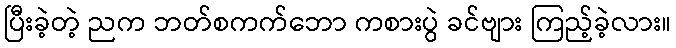
ပြီးခဲ့တဲ့ ညက ဘတ်စကက်ဘော ကစားပွဲ ခင်ဗျား ကြည့်ခဲ့လား။